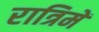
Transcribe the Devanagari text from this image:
रात्रिमें